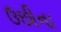
ઉછીના